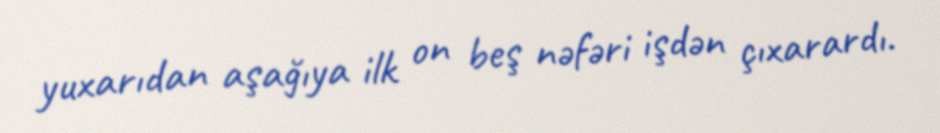
yuxarıdan aşağıya ilk on beş nəfəri işdən çıxarardı.